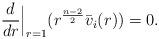
LaTeX: \begin{align*}\frac{d}{dr}\Big|_{r = 1}(r^{\frac{n-2}{2}} \bar v_i(r)) = 0.\end{align*}